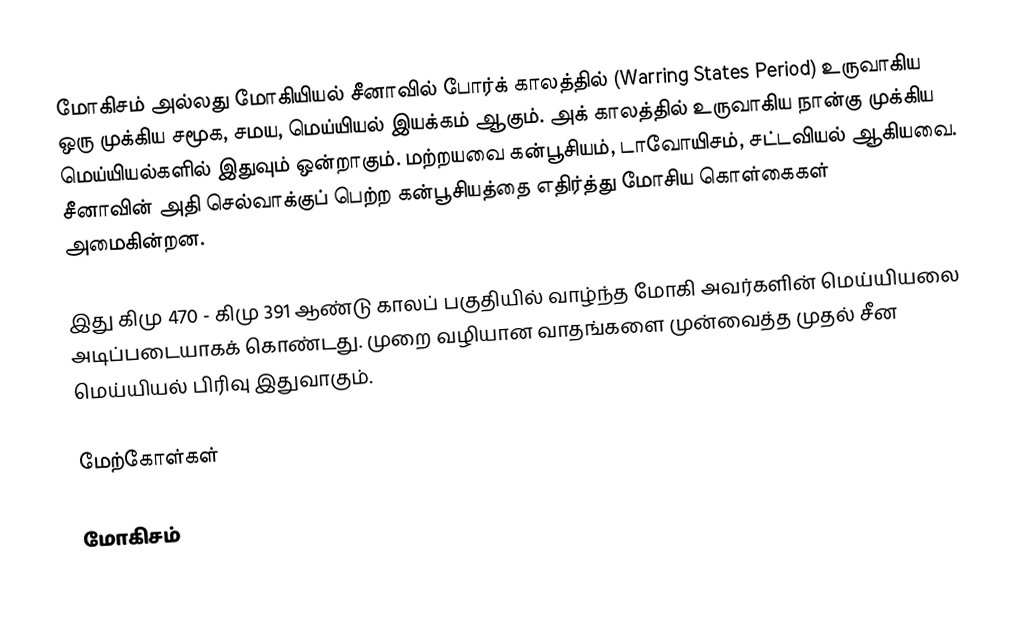
மோகிசம் அல்லது மோகியியல் சீனாவில் போர்க் காலத்தில் (Warring States Period) உருவாகிய ஒரு முக்கிய சமூக, சமய, மெய்யியல் இயக்கம் ஆகும். அக் காலத்தில் உருவாகிய நான்கு முக்கிய மெய்யியல்களில் இதுவும் ஒன்றாகும். மற்றயவை கன்பூசியம், டாவோயிசம், சட்டவியல் ஆகியவை. சீனாவின் அதி செல்வாக்குப் பெற்ற கன்பூசியத்தை எதிர்த்து மோசிய கொள்கைகள் அமைகின்றன.

இது கிமு 470 - கிமு 391 ஆண்டு காலப் பகுதியில் வாழ்ந்த மோகி அவர்களின் மெய்யியலை அடிப்படையாகக் கொண்டது. முறை வழியான வாதங்களை முன்வைத்த முதல் சீன மெய்யியல் பிரிவு இதுவாகும்.

மேற்கோள்கள்

மோகிசம்